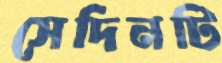
সেদিনটি